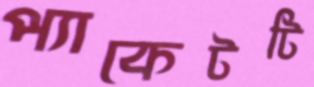
প্যাকেটটি